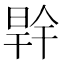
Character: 𭦜